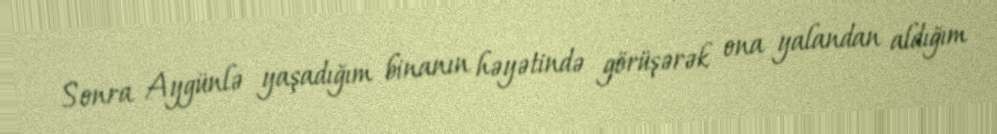
Sonra Aygünlə yaşadığım binanın həyətində görüşərək ona yalandan aldığım